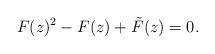
LaTeX: \begin{align*}F(z)^2 - F(z) + \tilde{F}(z) = 0 .\end{align*}